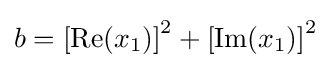
b=\left[\operatorname {Re} (x_{1})\right]^{2}+\left[\operatorname {Im} (x_{1})\right]^{2}